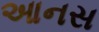
આનસ